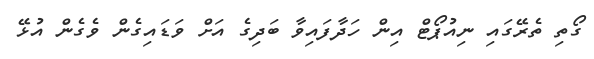
ގޯތި ތެރޭގައި ނިއުޕޯޓް އިން ހަދާފައިވާ ބަދިގެ އަށް ވަޑައިގެން ވެގެން އުޅޭ